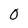
Character: 0